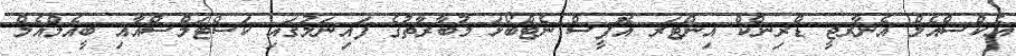
އެކްސްއެލް އެނާރޖީ ޑްރިންކް އިންޓަރ އޮފީސް ނެޓްބޯޅަ މުބާރާތުގެ ފައިނަލުގައި ކަސްޓަމްސްއާއި ބީއެމްއެލް